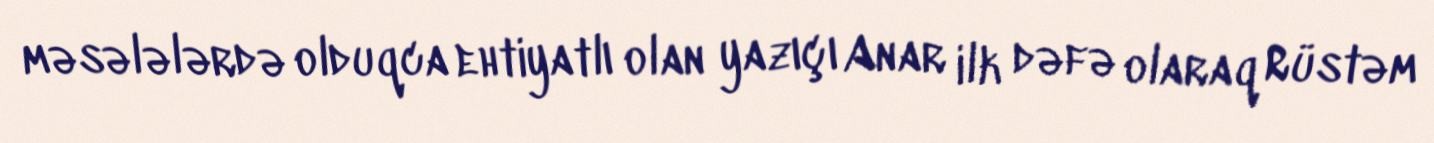
məsələlərdə olduqca ehtiyatlı olan yazıçı Anar ilk dəfə olaraq Rüstəm